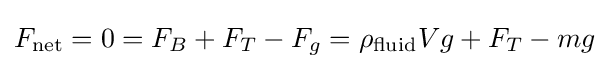
F_{\text{net}}=0=F_{B}+F_{T}-F_{g}=\rho _{\text{fluid}}Vg+F_{T}-mg